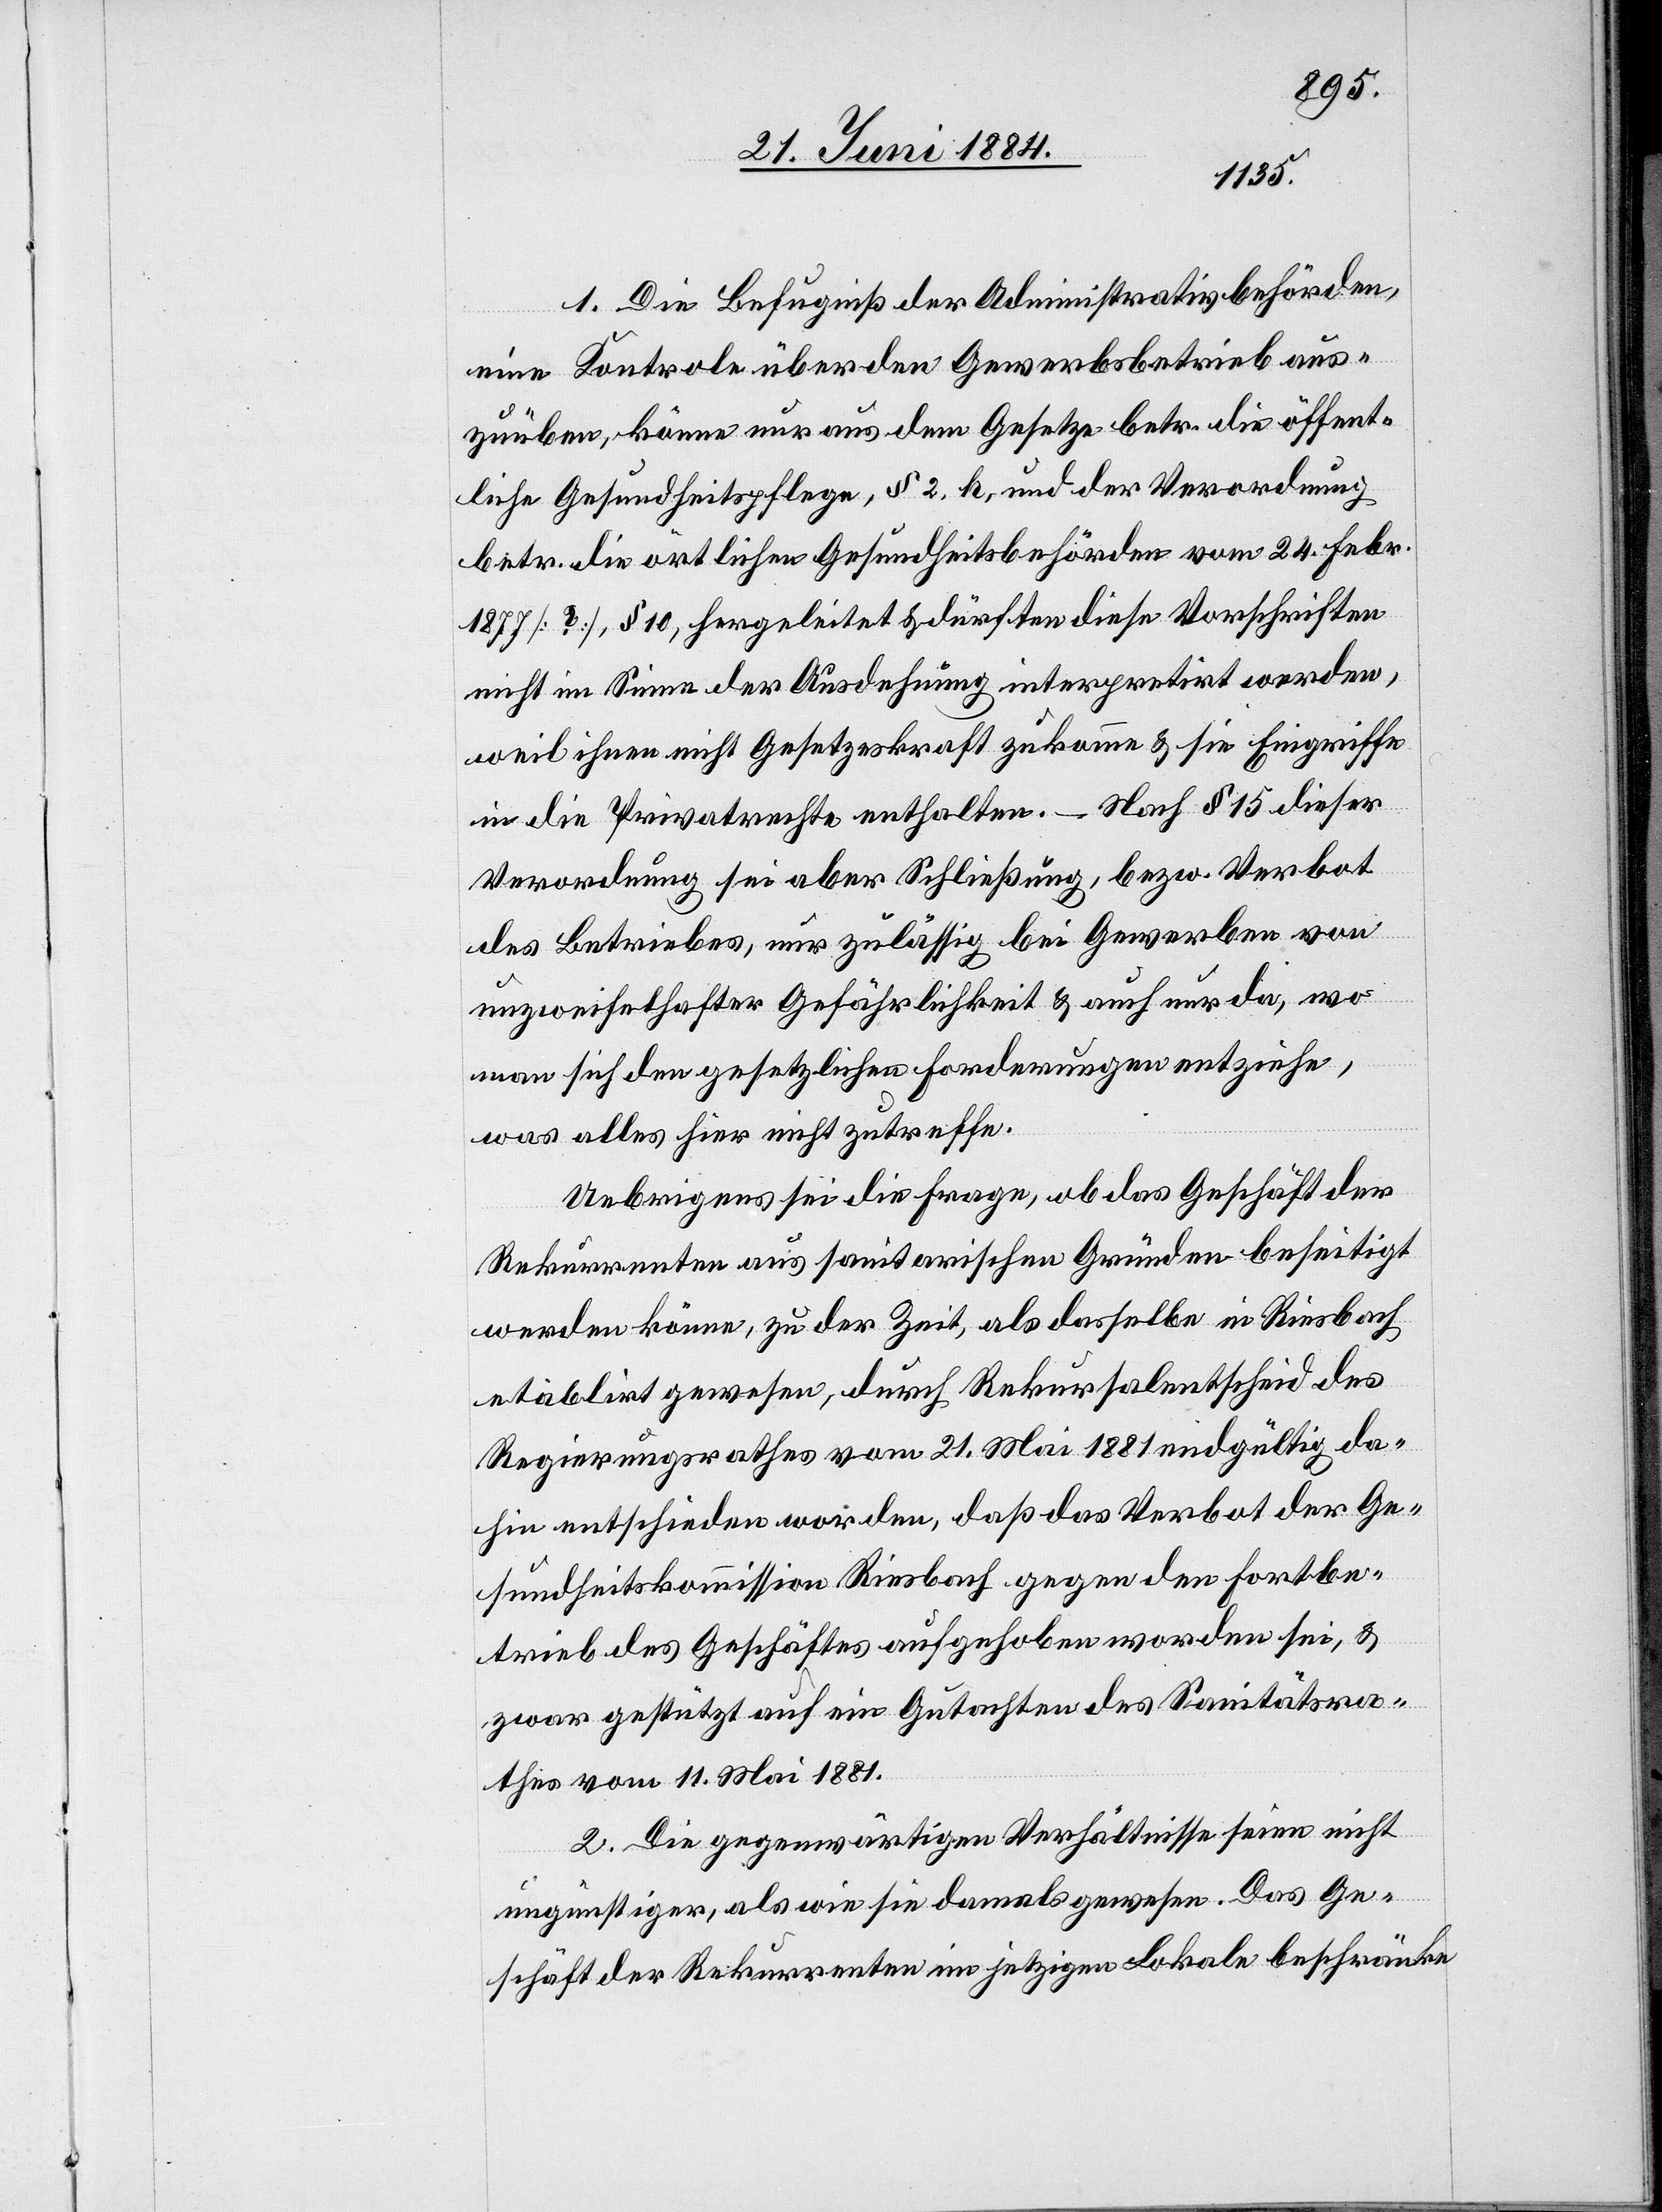
1. Die Befugniß der Administrativbehörden,
eine Kontrole über den Gewerbsbetrieb aus¬
zuüben, könne nur aus dem Gesetze betr. die öffent¬
liche Gesundheitspflege, § 2. h, und der Verordnung
betr. die örtlichen Gesundheitsbehörden vom 24. Febr.
1877 [?], § 10, hergeleitet & dürften diese Vorschriften
nicht im Sinne der Ausdehnung interpretirt werden,
weil ihnen nicht Gesetzeskraft zukomme & sie Eingriffe
in die Privatrechte enthalten. – Nach § 15 dieser
Verordnung sei aber Schließung, bezw. Verbot
des Betriebes, nur zulässig bei Gewerben von
unzweifelhafter Gefährlichkeit & auch nur da, wo
man sich den gesetzlichen Forderungen entziehe,
was alles hier nicht zutreffe.
Uebrigens sei die Frage, ob das Geschäft der
Rekurrenten aus sanitarischen Gründen beseitigt
werden könne, zu der Zeit, als dasselbe in Riesbach
etablirt gewesen, durch Rekursalentscheid des
Regierungsrathes vom 21. Mai 1881 endgültig da¬
hin entschieden worden, daß das Verbot der Ge¬
sundheitskommission Riesbach gegen den Fortbe¬
trieb des Geschäftes aufgehoben worden sei, &
zwar gestützt auf ein Gutachten des Sanitätsra¬
thes vom 11. Mai 1881.
2. Die gegenwärtigen Verhältnisse seien nicht
ungünstiger, als wie sie damals gewesen. Das Ge¬
schäft der Rekurrenten im jetzigen Lokale beschränke